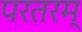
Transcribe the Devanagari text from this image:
परतरम्